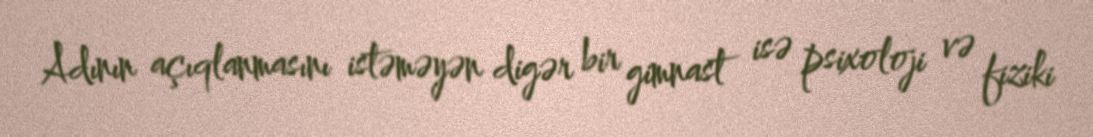
Adının açıqlanmasını istəməyən digər bir gimnast isə psixoloji və fiziki